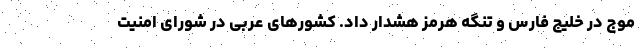
موج در خلیج فارس و تنگه هرمز هشدار داد. کشورهای عربی در شورای امنیت